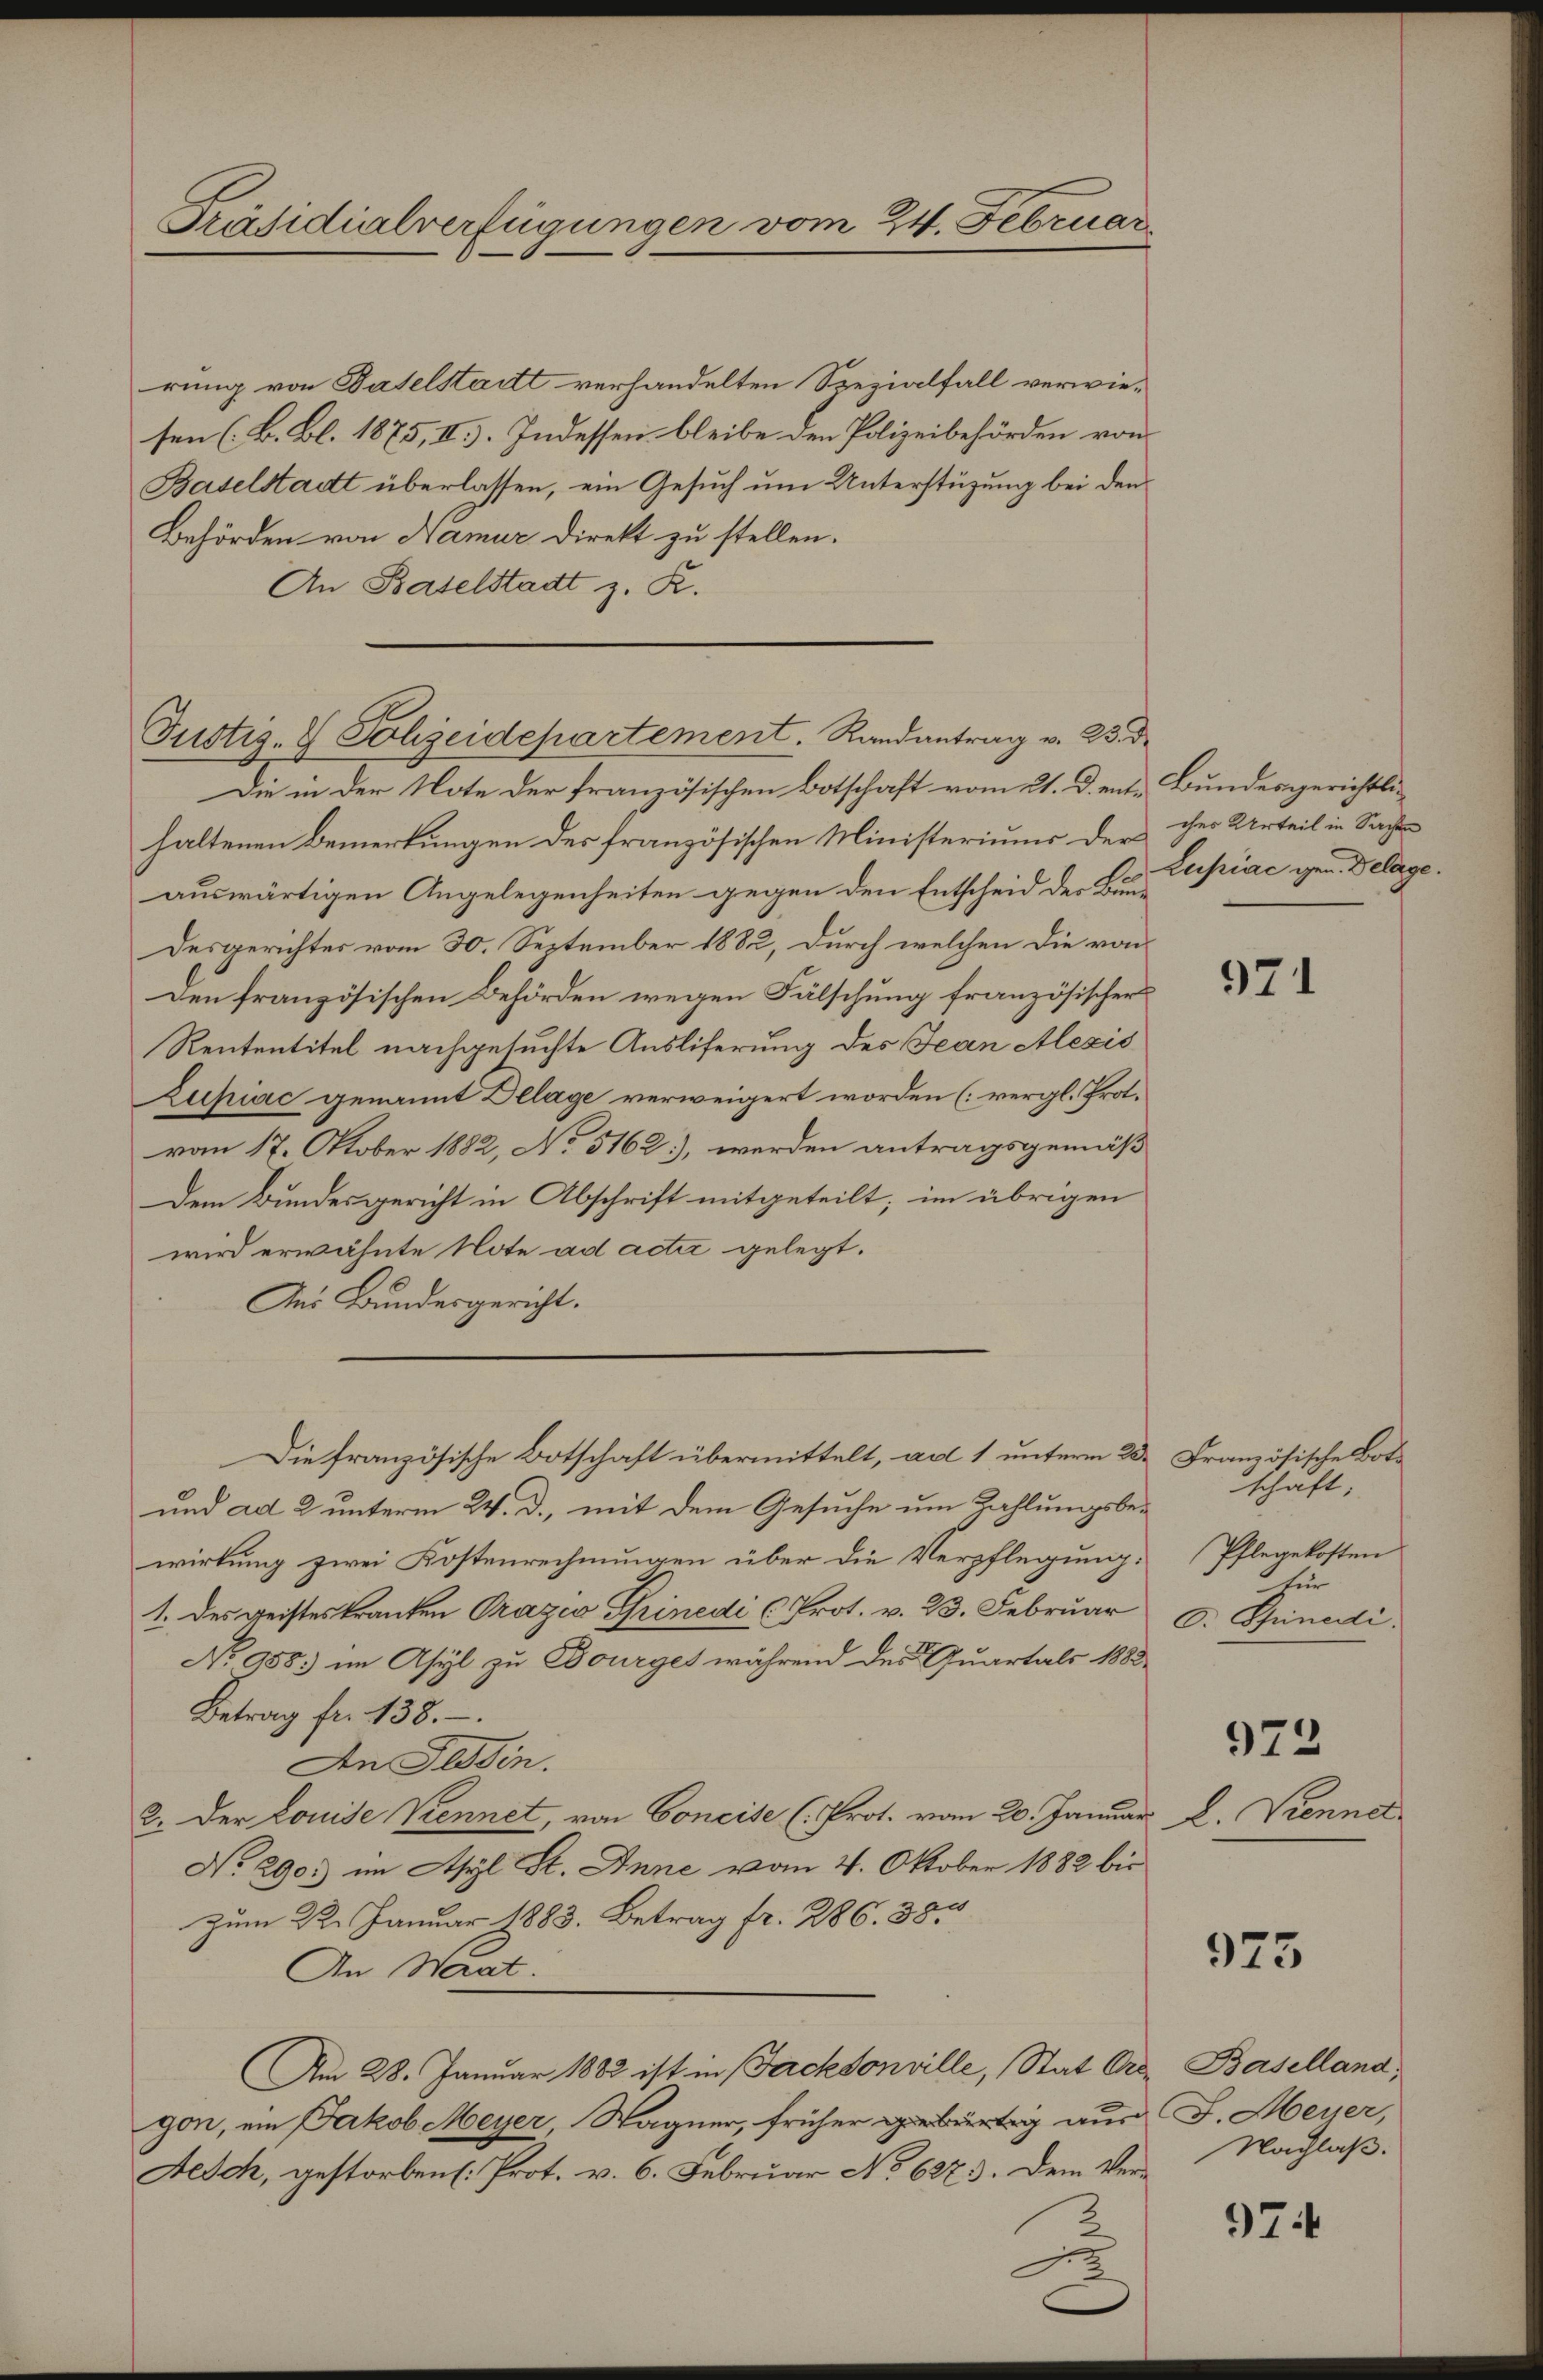
Präsidialverfügungen vom 24. Februar

rung von Baselstadtt verhandelten Spezialfall verwiesen (B. Bl. 1875, II. Indessen bleibe den Polizeibehörden von
Baselstadt überlassen, ein Gesuch um Unterstützung bei den
Behörden von Namur Direkt zu stellen.
An Baselstadt z. R.
Die in der Note der französischen Botschaft vom 21. d. ent. Bundesgerichtli
haltenen Bemerkungen des französischen Ministeriums der ihre Urteil in Sache
auswärtigen Angelegenheiten gegen den Entscheid der Bun¬
Desgerichtes vom 30. September 1882, durch welchen die von
Den französischen Behörden wegen Fälschung französischer
Rententitel nachgesuchte Ausliferung des Jean Alexis
Zupiac genannt Delage verweigert worden (vergl. Prot.
vom 17. Oktober 1882, No 5162), werden antragsgemäß
Dem Bundesgericht in Abschrift mitgeteilt; im übrigen
wird erwähnte Note ad acti gelegt.
Ans Bundesgericht.
Die französische Botschaft übermittelt, ab 1 unterm 23. Französische Bot¬
und ad 2 unterm 24. d., mit dem Gesuche um Zahlungsbewirkung zwei Kostenrechnungen über die Verpflegung. Pflegekosten
1. des geistes kranken Prages Grinedi (Prot. v. 23. Februar 6. Spinedi
No 958) im Asyl zu Dourges während der Quartals 1882
Betrag fr. 138.
An Tessin.
2. Der Louise Kennet, von Concise (Prot. vom 20. Januar
No. 290. im Asyl St. Anne vom 4. Oktober 1882 bis
Zum 22. Januar 1883. Betrag fr. 286. 385
An Haat.
Am 28. Januar 1882 ist in Facksonville, Stat Art. Baselland,
gon, ein Jakob Meyer, Wagner, früher gebürtig aus J. Meyer,
Aesch, gestorben. Prot. v. 6. Februar No 6273. Dem Ver¬

Justiz- & Polizeidepartement. Randantrag v. 23. d.

Lupiac gen. Delage

971

schaft;
tür

972

L. Kienner

975

Nachlaß.

97